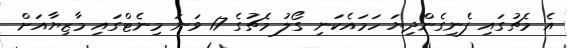
އެ މެޗުގައި ފެނިގެންދިޔަ ހަމައެކަނި ގޯލު މެޗުގެ 17 ވަނަ މިނެޓްގައި މާޒިޔާއަށް